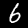
Label: 6